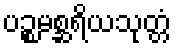
ပဉ္စမစ္ဆရိယသုတ္တံ